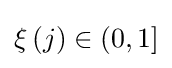
\xi \left(j\right)\in (0,1]